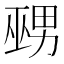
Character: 𱜚